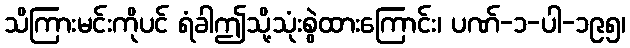
သိကြားမင်းကိုပင် ရံခါဤသို့သုံးစွဲထားကြောင်း၊ ပဏ်-၁-ပါ-၁၉၅၊